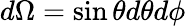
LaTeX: d\Omega=\sin\theta d\theta d\phi